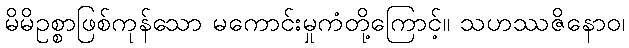
မိမိဥစ္စာဖြစ်ကုန်သော မကောင်းမှုကံတို့ကြောင့်။ သဟဿဇိနောဝ၊